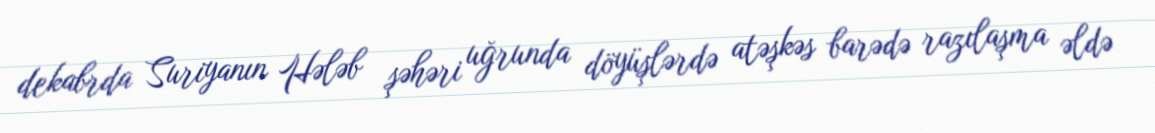
dekabrda Suriyanın Hələb şəhəri uğrunda döyüşlərdə atəşkəs barədə razılaşma əldə